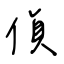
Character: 偵